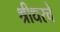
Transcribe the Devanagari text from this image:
श्रीधरचे